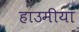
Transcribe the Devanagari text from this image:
हाउमीया